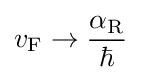
v_{\rm {F}}\to {\frac {\alpha _{\rm {R}}}{\hbar }}